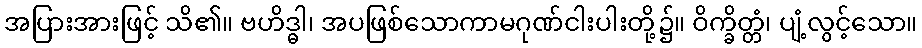
အပြားအားဖြင့် သိ၏။ ဗဟိဒ္ဓါ၊ အပဖြစ်သောကာမဂုဏ်ငါးပါးတို့၌။ ဝိက္ခိတ္တံ၊ ပျံ့လွင့်သော။